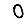
Digit: 0